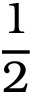
\frac 1 2